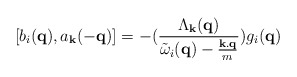
\begin{align*}[b_{i}({\bf{q}}), a_{ {\bf{k}} }(-{\bf{q}})] = -(\frac{ \Lambda_{ {\bf{k}} }({\bf{q}}) }{ {\tilde{\omega}}_{i}({\bf{q}}) - \frac{ {\bf{k.q}} }{m} })g_{i}({\bf{q}})\end{align*}